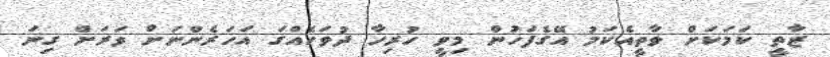
ޒާތީ ކަމަކަށް ވާތީއެކަމު އޭގެފަހުން މިވީ ހުރިހާ ދުވަހެއްގަ އަހަރެންނަށް ވަރަށް ގިނަ